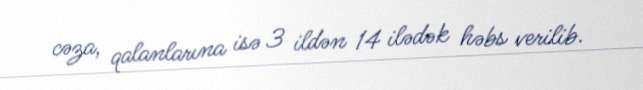
cəza, qalanlarına isə 3 ildən 14 ilədək həbs verilib.